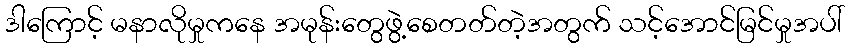
ဒါကြောင့် မနာလိုမှုကနေ အမုန်းတွေဖွဲ့စေတတ်တဲ့အတွက် သင့်အောင်မြင်မှုအပါ်